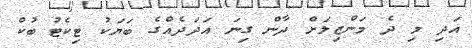
އަދި މި ދެ މަންޒިލަށް ދާން ގިނަ އަދަދެއްގެ ބަޔަކު ޓިކެޓު ބުކް